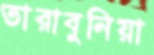
তারাবুনিয়া